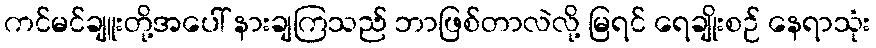
ကင်မင်ချူးတို့အပေါ် နားချကြသည် ဘာဖြစ်တာလဲလို့ မြရင် ရေချိုးစဉ် နေရာသုံး